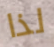
لذا